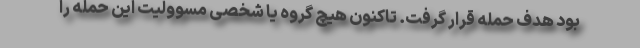
بود هدف حمله قرار گرفت. تاکنون هیچ گروه یا شخصی مسوولیت این حمله را